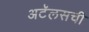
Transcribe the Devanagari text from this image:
अटॅलसची